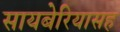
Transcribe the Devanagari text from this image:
सायबेरियासह